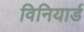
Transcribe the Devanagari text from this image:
विनियार्ड